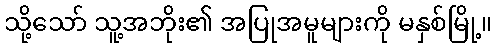
သို့သော် သူ့အဘိုး၏ အပြုအမူများကို မနှစ်မြို့။